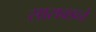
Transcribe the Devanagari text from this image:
सासवडने